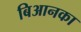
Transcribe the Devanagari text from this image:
बिआनका